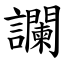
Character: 讕